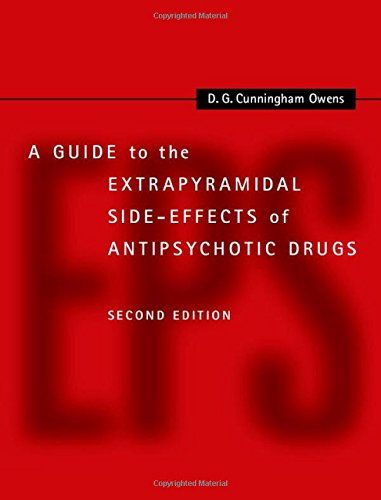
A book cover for A Guide to the Extrapyramidal Side-Effects of Antipsychotic Drugs; D. G. Cunningham Owens; Medical Books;